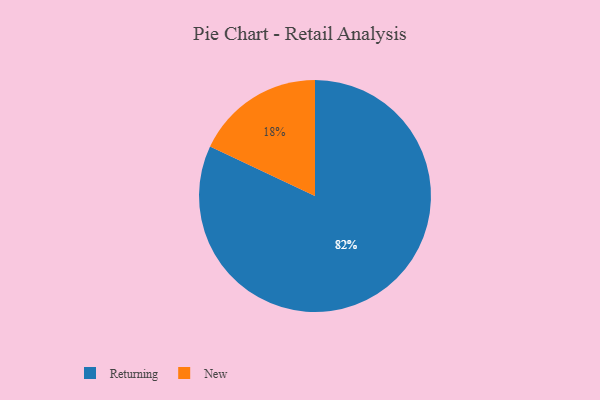
{"axis": {"x": "Category", "y": "Percentage"}, "legend": ["New", "Returning"], "data": [{"x": "Returning", "y": 82, "type": "Returning"}, {"x": "New", "y": 18, "type": "New"}]}